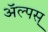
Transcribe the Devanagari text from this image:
ॲल्पस्